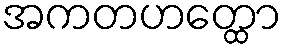
အကတဟတ္ထော